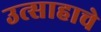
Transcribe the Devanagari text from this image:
उत्साहाचे